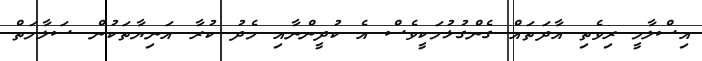
އިސްލާމީ ރިވެތި އާދަތައް ގެންގުޅުމަކީވެސް އެ ކުދީންނާއި މެދު ކުރާ އަނިޔާތަކުން ސަލާމަތް